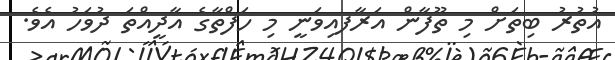
އުތުރު ބިތަށް މި ތޫފާން އަރާފއިވަނީ މި ހަފްތާގެ އާދީއްތަ ދުވަހު އެވެ.